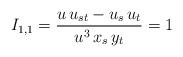
LaTeX: \begin{align*}I_{1,1}=\frac{u\, u_{st} - u_s\, u_t}{u^3\, x_s\, y_t} = 1\end{align*}